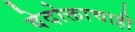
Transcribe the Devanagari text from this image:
वेदोक्ताचाही